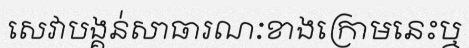
សេវាបង្គន់សាធារណៈខាងក្រោមនេះឬ